Leaving Certificate Examination, 1908
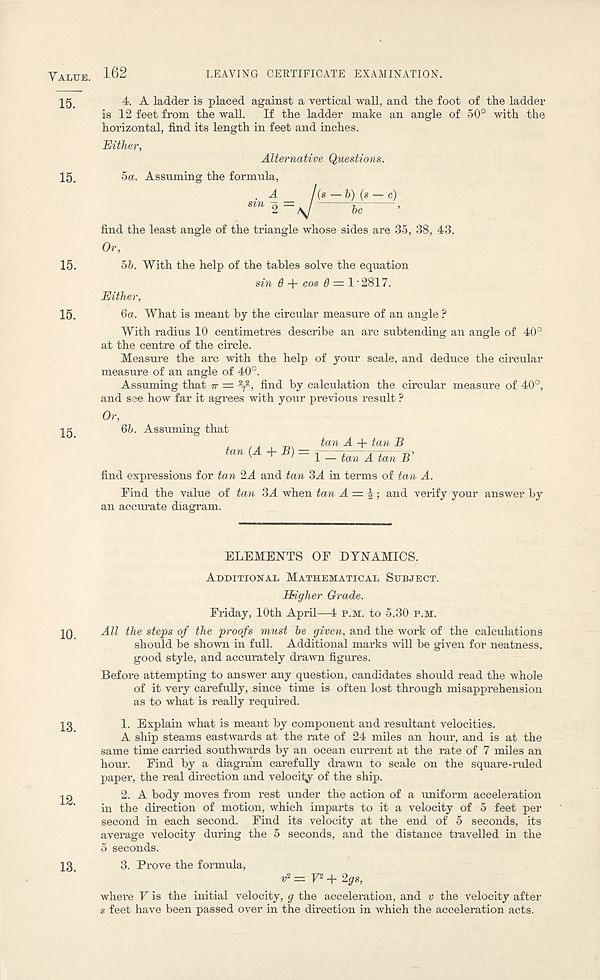
Value. 162
LEAVING CERTIFICATE EXAMINATION.
15.
15.
15.
15.
15.
4. A ladder is placed against a vertical wall, and tlie foot of the ladder
is 12 feet from the wall. If the ladder make an angle of 50° with the
horizontal, find its length in feet and inches.
Either,
Alternative Questions.
5a. Assuming the formula,
. A /( s -b)(s-c)
Sin 2 ~ ^
be
find the least angle of the triangle whose sides are 35, 38, 43.
Or,
55. With the help of the tables solve the equation
sin 0 + cos 0 = 1 • 2817.
Either,
6a. What is meant by the circular measure of an angle ?
With radius 10 centimetres describe an arc subtending an angle of 40°
at the centre of the circle.
Measure the arc with the help of your scale, and deduce the circular
measure of an angle of 40°.
Assuming that ir = find by calculation the circular measure of 40°,
and see how far it agrees with your previous result ?
Or, 65. Assuming that
tan (A + B) =: tan A + tan B
1 — tan A tan B
find expressions for tan 2A and tan 3A in terms of tan A.
Find the value of tan 3A when tan A =%; and verify your answer by
an accurate diagram.
ELEMENTS OF DYNAMICS.
Additional Mathematical Subject.
Higher Grade.
Friday, 10th April—4 P.M. to 5.30 p.m.
10 All the steps of the proofs must be given, and the work of the calculations
should be shown in full. Additional marks will be given for neatness,
good style, and accurately drawn figures.
Before attempting to answer any question, candidates should read the whole
of it very carefully, since time is often lost through misapprehension
as to what is really required.
13
1. Explain what is meant by component and resultant velocities.
A ship steams eastwards at the rate of 24 miles an hour, and is at the
same time carried southwards by an ocean current at the rate of 7 miles an
horn’. Find by a diagram carefully drawn to scale on the square-ruled
paper, the real direction and velocity of the ship.
-jq
2. A body moves from rest under the action of a uniform acceleration
in the direction of motion, which imparts to it a velocity of 5 feet per
second in each second. Find its velocity at the end of 5 seconds, its
average velocity during the 5 seconds, and the distance travelled in the
5 seconds.
13
3. Prove the formula, «* = P + 2gs,
where F is the initial velocity, g the acceleration, and v the velocity after
s feet have been passed over in the direction in which the acceleration acts.